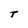
Character: t